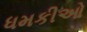
ધમકીઓ